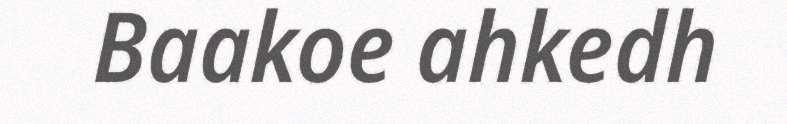
Baakoe ahkedh